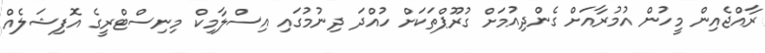
ރާއްޖެއިން މީހުން އުމުރާއަށް ގެންދިއުމަށް ގުރޫޕްތަކަށް ހުއްދަ ދިނުމުގައި އިސްލާމިކް މިނިސްޓްރީގެ އޮފިޝަލެއް